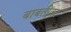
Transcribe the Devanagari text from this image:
बाबतींवर